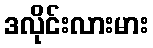
ဒလိုင်းလားမား